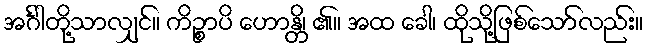
အင်္ဂါတို့သာလျှင်။ ကိဉ္စာပိ ဟောန္တိ၊ ၏။ အထ ခေါ၊ ထိုသို့ဖြစ်သော်လည်း။